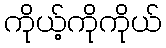
ကိုယ့်ကိုကိုယ်